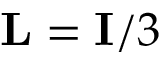
{ \bf L } = { \bf I } / 3